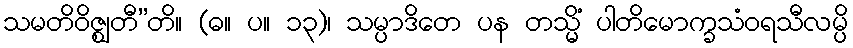
သမတိဝိဇ္ဈတီ”တိ။ (ဓ။ ပ။ ၁၃)၊ သမ္ပာဒိတေ ပန တသ္မိံ ပါတိမောက္ခသံဝရသီလမ္ပိ